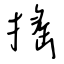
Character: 搖